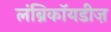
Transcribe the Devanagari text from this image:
लंब्रिकॉयडीज़